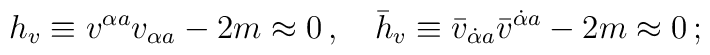
h_v \equiv v^{\alpha a} v_{\alpha a} -2m\approx 0 \, ,\quad\bar h_v \equiv \bar v_{\dot \alpha a} \bar v^{\dot\alpha a} -2m \approx 0 \, ;